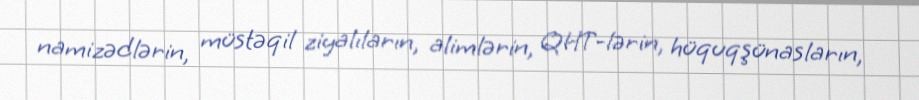
namizədlərin, müstəqil ziyalıların, alimlərin, QHT-lərin, hüquqşünasların,